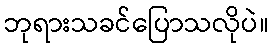
ဘုရားသခင်ပြောသလိုပဲ။